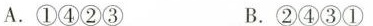
A. ①④②③ B.②④③①